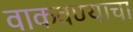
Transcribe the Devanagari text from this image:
वाकवण्याचा